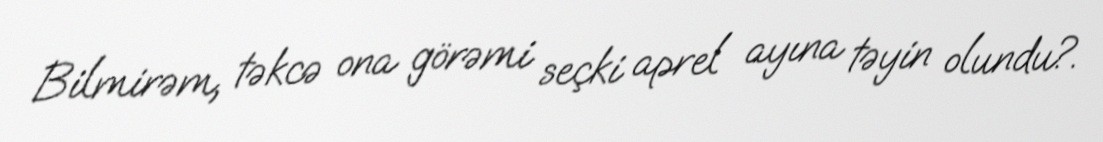
Bilmirəm, təkcə ona görəmi seçki aprel ayına təyin olundu?.